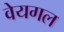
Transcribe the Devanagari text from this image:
वेयगल